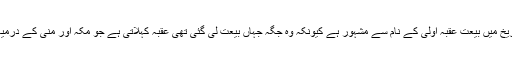
یہ بیعت تاریخ میں بیعت عقبہ اولیٰ کے نام سے مشہور ہے کیونکہ وہ جگہ جہاں بیعت لی گئی تھی عَقبہ کہلاتی ہے جو مکہ اور منیٰ کے درمیان واقع ہے۔